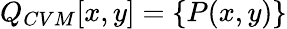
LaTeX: Q_{CVM}[x,y]=\{ P(x,y)\}